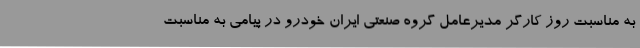
به مناسبت روز کارگر مدیرعامل گروه صنعتی ایران خودرو در پیامی به مناسبت